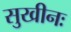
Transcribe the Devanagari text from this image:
सुखीनः